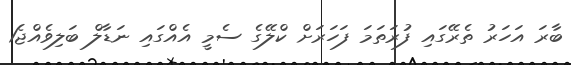
ބާރަ އަހަރު ތެރޭގައި ފުރަތަމަ ފަހަރަށް ކްލޭގެ ސެމީ އެއްގައި ނަޑާލް ބަލިވެއްޖެ1